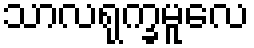
သာလရုက္ခမူလေ